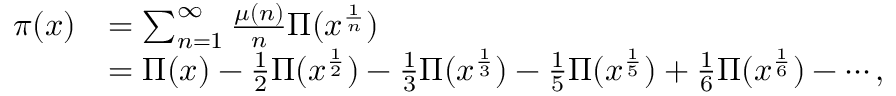
{ \begin{array} { r l } { \pi ( x ) } & { = \sum _ { n = 1 } ^ { \infty } { \frac { \mu ( n ) } { n } } \Pi ( x ^ { \frac { 1 } { n } } ) } \\ & { = \Pi ( x ) - { \frac { 1 } { 2 } } \Pi ( x ^ { \frac { 1 } { 2 } } ) - { \frac { 1 } { 3 } } \Pi ( x ^ { \frac { 1 } { 3 } } ) - { \frac { 1 } { 5 } } \Pi ( x ^ { \frac { 1 } { 5 } } ) + { \frac { 1 } { 6 } } \Pi ( x ^ { \frac { 1 } { 6 } } ) - \cdots , } \end{array} }